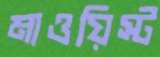
মাওয়িস্ট